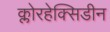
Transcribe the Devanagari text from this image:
क्लोरहेक्सिडीन